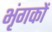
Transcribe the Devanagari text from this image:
भृंगकों